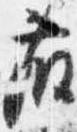
藤